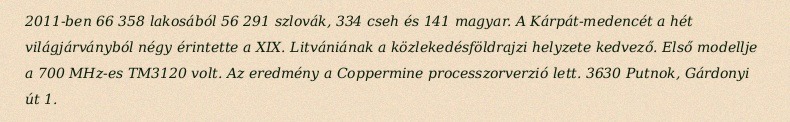
2011-ben 66 358 lakosából 56 291 szlovák, 334 cseh és 141 magyar. A Kárpát-medencét a hét világjárványból négy érintette a XIX. Litvániának a közlekedésföldrajzi helyzete kedvező. Első modellje a 700 MHz-es TM3120 volt. Az eredmény a Coppermine processzorverzió lett. 3630 Putnok, Gárdonyi út 1.